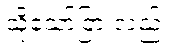
သို့သော်ငြားလည်း